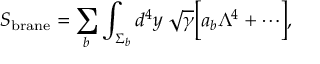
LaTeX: S _ { \mathrm { b r a n e } } = \sum _ { b } \int _ { \Sigma _ { b } } d ^ { 4 } y \; \sqrt \gamma \Bigl [ a _ { b } \Lambda ^ { 4 } + \cdots \Bigr ] ,